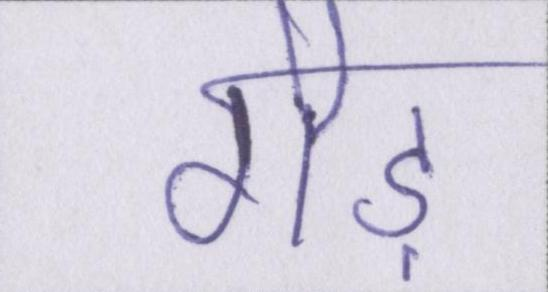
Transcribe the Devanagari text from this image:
गौड़